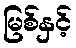
မြစ်နှင့်